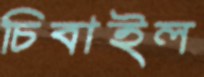
চিবাইল